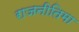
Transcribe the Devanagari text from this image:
राजनीतिमा